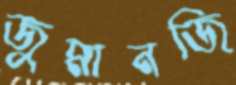
জুমানজি